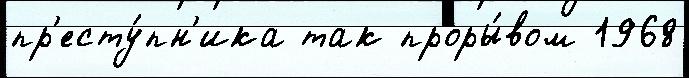
пр'есту́пн'ика так проры́вом 1968